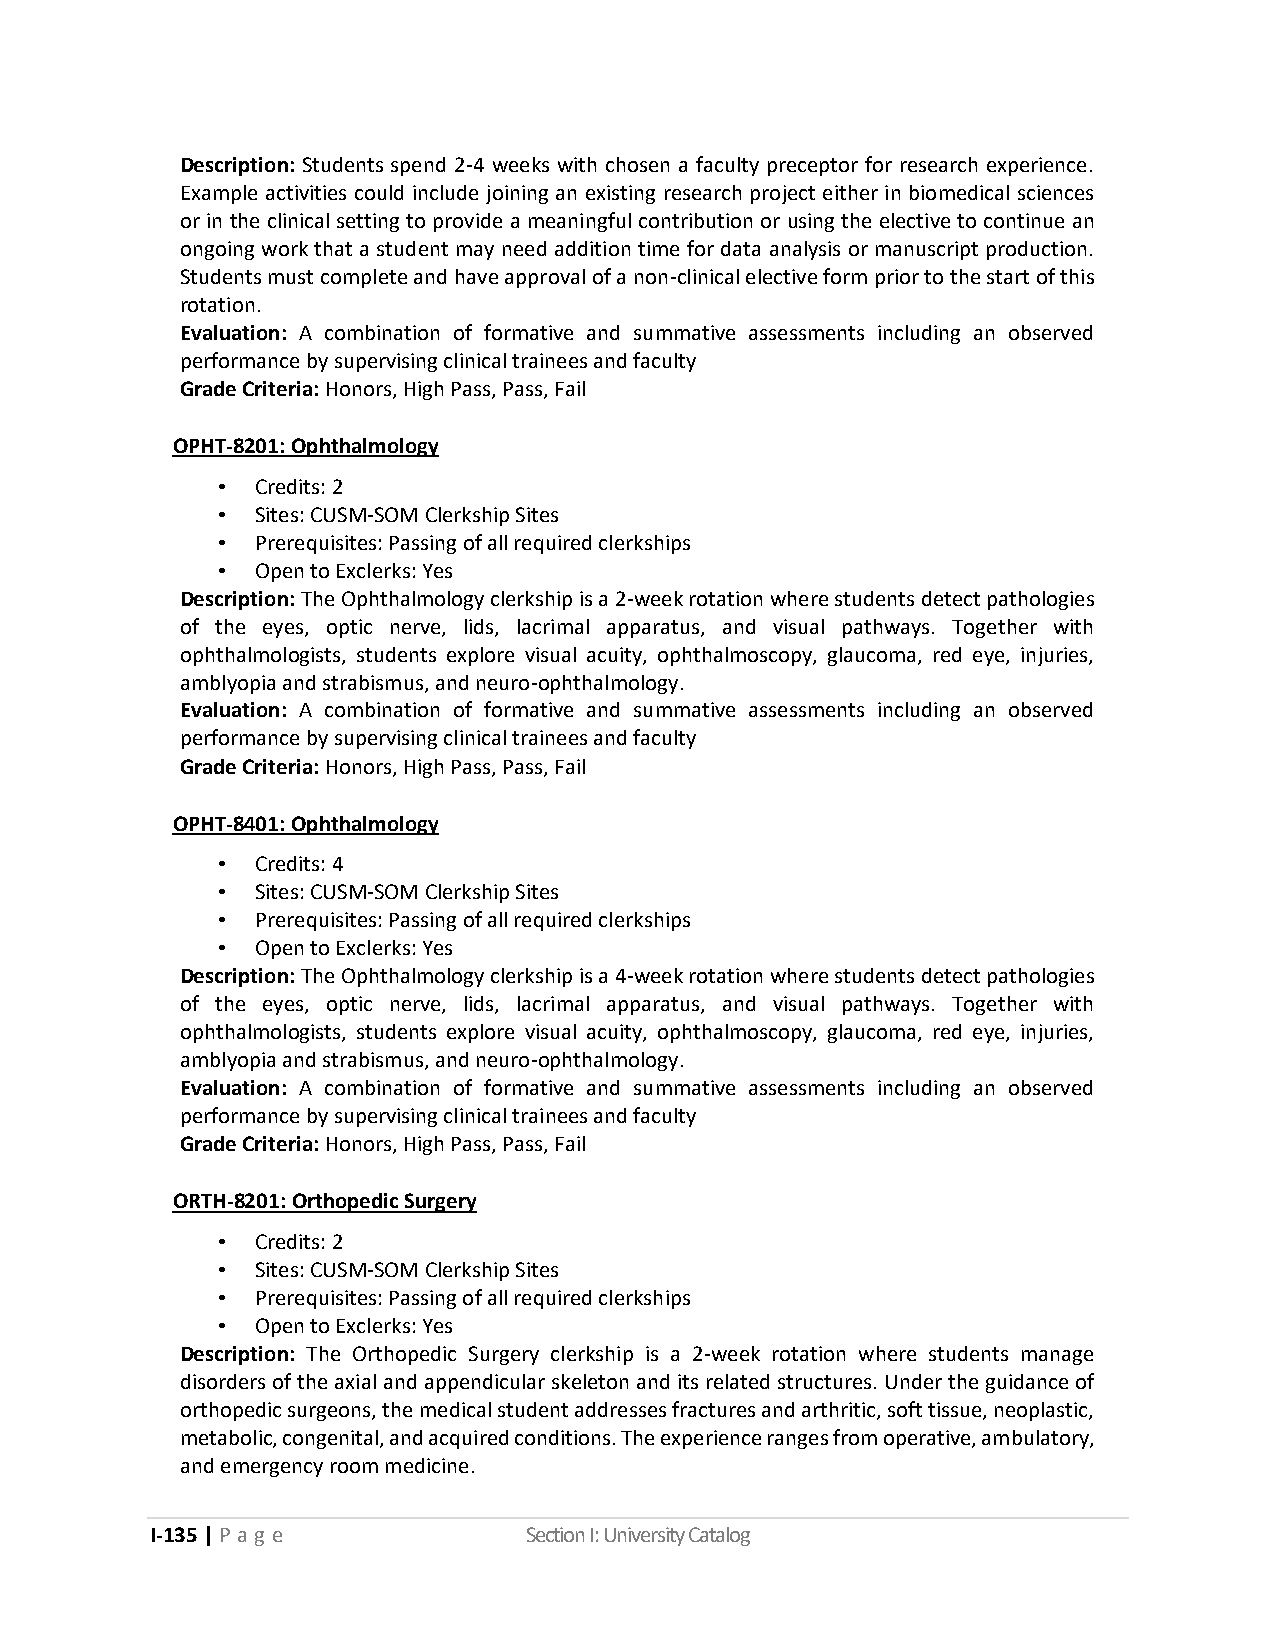
Description: Students spend 2-4 weeks with chosen a faculty preceptor for research experience.
 Example activities could include joining an existing research project either in biomedical sciences
 or in the clinical setting to provide a meaningful contribution or using the elective to continue an
 ongoing work that a student may need addition time for data analysis or manuscript production.
 Students must complete and have approval of a non-clinical elective form prior to the start of this
 rotation.
 Evaluation: A combination of formative and summative assessments including an observed
 performance by supervising clinical trainees and faculty
 Grade Criteria: Honors, High Pass, Pass, Fail
 OPHT-8201: Ophthalmology
 •  Credits: 2
 •  Sites: CUSM-SOM Clerkship Sites
 •  Prerequisites: Passing of all required clerkships
 •  Open to Exclerks: Yes
 Description: The Ophthalmology clerkship is a 2-week rotation where students detect pathologies
 of the eyes, optic nerve, lids, lacrimal apparatus, and visual pathways. Together with
 ophthalmologists, students explore visual acuity, ophthalmoscopy, glaucoma, red eye, injuries,
 amblyopia and strabismus, and neuro-ophthalmology.
 Evaluation: A combination of formative and summative assessments including an observed
 performance by supervising clinical trainees and faculty
 Grade Criteria: Honors, High Pass, Pass, Fail
 OPHT-8401: Ophthalmology
 •  Credits: 4
 •  Sites: CUSM-SOM Clerkship Sites
 •  Prerequisites: Passing of all required clerkships
 •  Open to Exclerks: Yes
 Description: The Ophthalmology clerkship is a 4-week rotation where students detect pathologies
 of the eyes, optic nerve, lids, lacrimal apparatus, and visual pathways. Together with
 ophthalmologists, students explore visual acuity, ophthalmoscopy, glaucoma, red eye, injuries,
 amblyopia and strabismus, and neuro-ophthalmology.
 Evaluation: A combination of formative and summative assessments including an observed
 performance by supervising clinical trainees and faculty
 Grade Criteria: Honors, High Pass, Pass, Fail
 ORTH-8201: Orthopedic Surgery
 •  Credits: 2
 •  Sites: CUSM-SOM Clerkship Sites
 •  Prerequisites: Passing of all required clerkships
 •  Open to Exclerks: Yes
 Description: The Orthopedic Surgery clerkship is a 2-week rotation where students manage
 disorders of the axial and appendicular skeleton and its related structures. Under the guidance of
 orthopedic surgeons, the medical student addresses fractures and arthritic, soft tissue, neoplastic,
 metabolic, congenital, and acquired conditions. The experience ranges from operative, ambulatory,
 and emergency room medicine.
 I-135 | P a g e          Section I: University Catalog